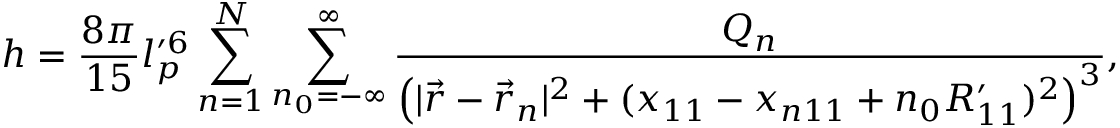
h = \frac { 8 \pi } { 1 5 } l _ { p } ^ { \prime 6 } \sum _ { n = 1 } ^ { N } \sum _ { n _ { 0 } = - \infty } ^ { \infty } \frac { Q _ { n } } { \left( | \vec { r } - \vec { r } _ { n } | ^ { 2 } + ( x _ { 1 1 } - x _ { n 1 1 } + n _ { 0 } R _ { 1 1 } ^ { \prime } ) ^ { 2 } \right) ^ { 3 } } ,